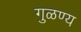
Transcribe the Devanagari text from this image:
गुळण्य